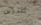
سلف